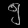
Digit: ၅